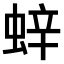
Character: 𫋁